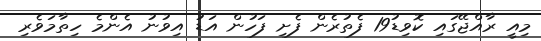
މިއީ ރާއްޖޭގައި ކޮވިޑު19 ފެތުރެން ފެށި ފަހުން އަޑު އިވުނު އެންމެ ހިތާމަވެރި